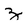
Character: z